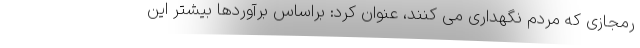
رمجازی که مردم نگهداری می کنند، عنوان کرد: براساس برآوردها بیشتر این